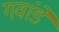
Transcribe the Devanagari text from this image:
गवांडे